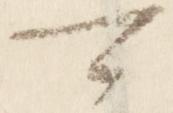
可